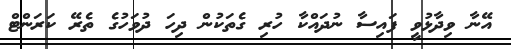
އޭނާ ވިދާޅުވީ ފައިސާ ނުދައްކާ ހުރި ގެތަކުން ދިހަ ދުވަހުގެ ތެރޭ ކަރަންޓް